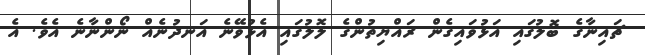
ޗައިނާގެ ބޮލުގައި އަޅުވައިގެން ރައްޔިތުންގެ ލޮލުގައި އެޅުވޭނެ އަނދުނެއް ނޯންނާނެ އެވެ. އެ